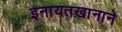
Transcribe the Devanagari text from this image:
इनायतखानाने